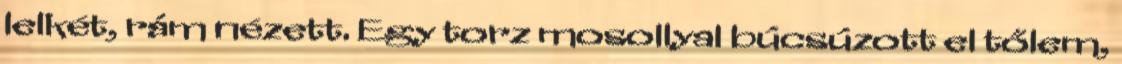
lelkét, rám nézett. Egy torz mosollyal búcsúzott el tőlem,